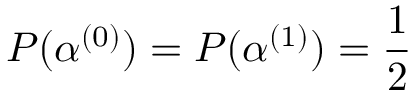
P ( \alpha ^ { ( 0 ) } ) = P ( \alpha ^ { ( 1 ) } ) = \frac { 1 } { 2 }